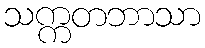
သက္ကတဘာသာ